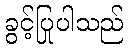
ခွင့်ပြုပါသည်